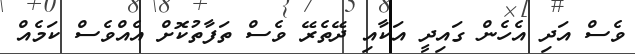
ވެސް އަދި އެހެން ގައިދީ އަކާއި ދޭތެރޭ ވެސް ތަފާތުކޮށް އެއްވެސް ކަމެއް